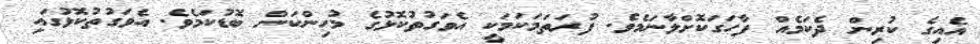
އެއިގެ ކުރިން ދެކަމެއް ފާހަގަކޮށްލާނަމެވެ. ފުރަތަމަކަމަކީ އެވަގުތުކޮޅުގެ މުހިންކަން ބޮޑުކަމެވެ. އެވަގުތުކޮޅުގައި